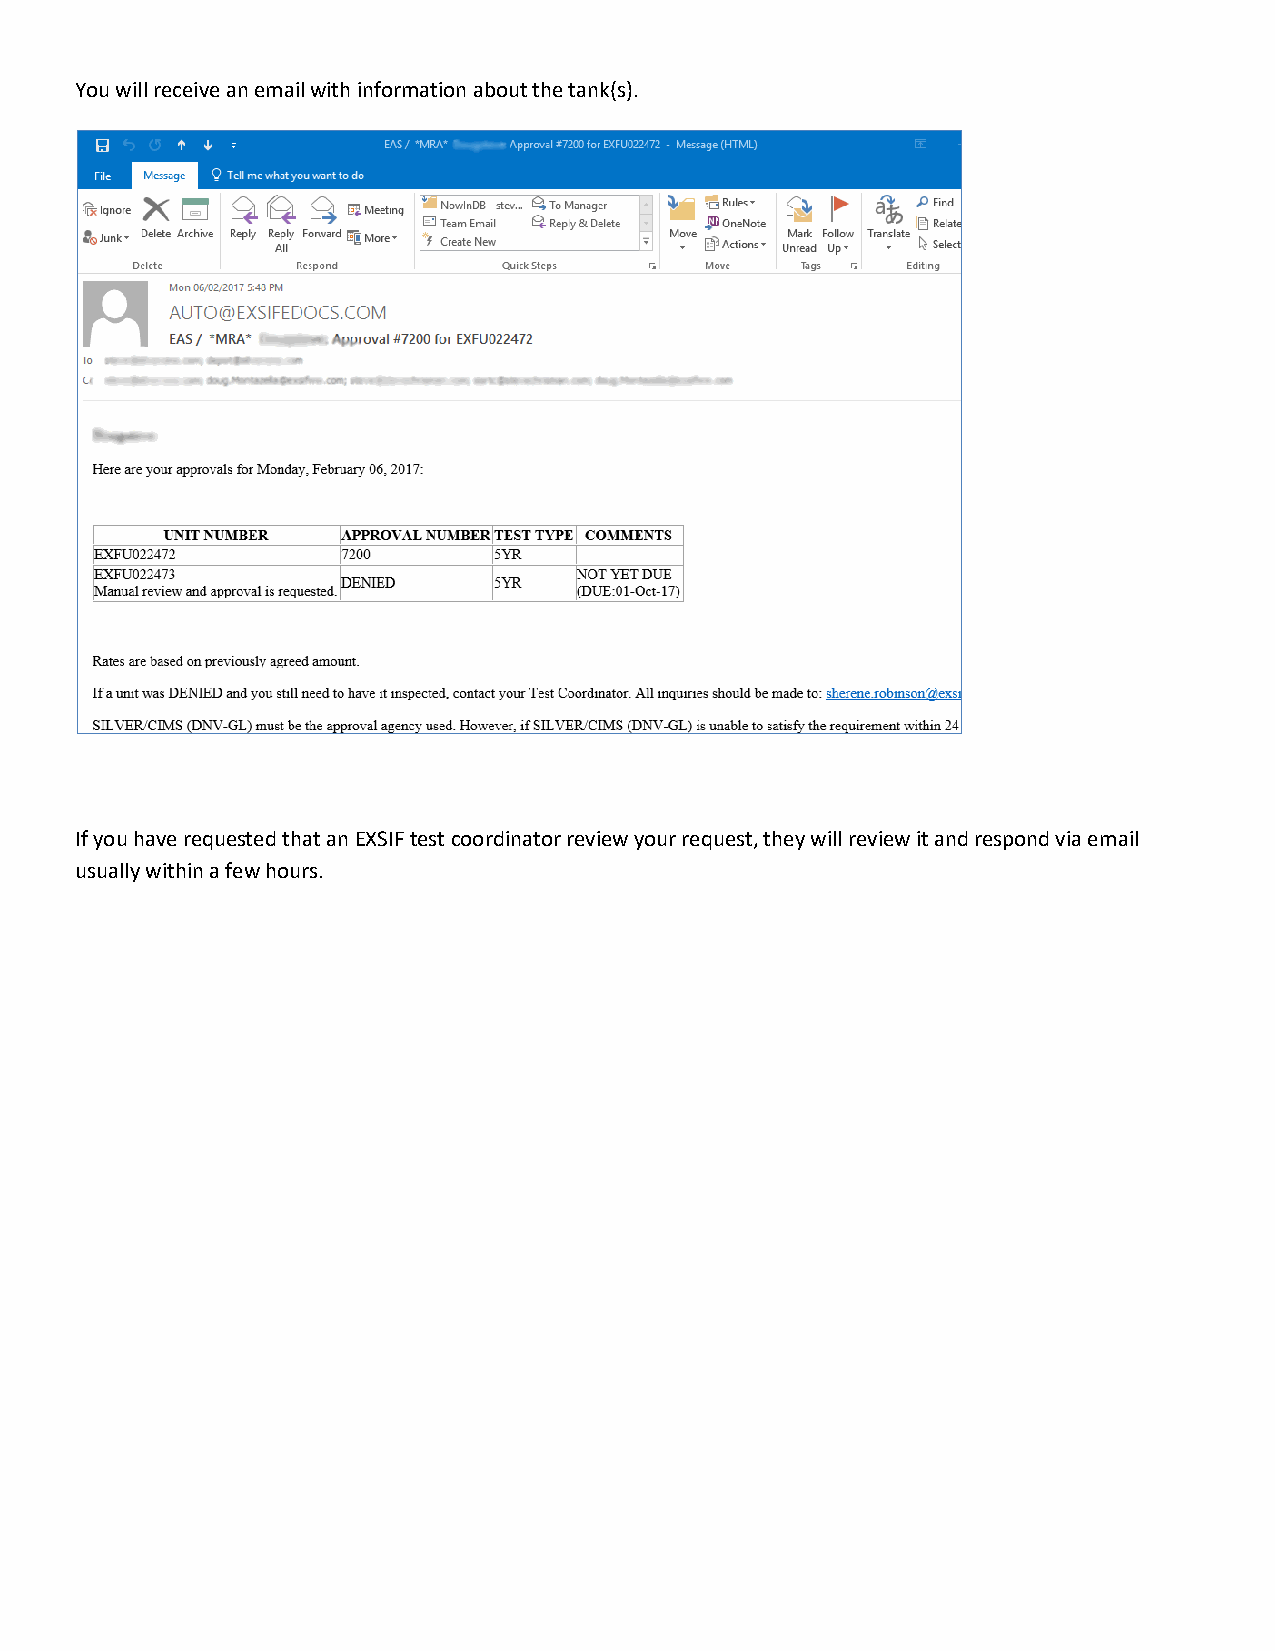
You will receive an email with information about the tank(s).
 If you have requested that an EXSIF test coordinator review your request, they will review it and respond via email
 usually within a few hours.